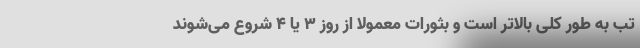
تب به طور کلی بالاتر است و بثورات معمولاً از روز ۳ یا ۴ شروع می‌شوند